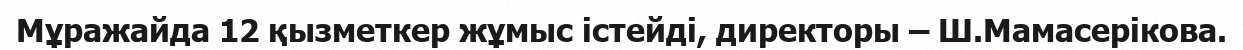
Мұражайда 12 қызметкер жұмыс істейді, директоры – Ш.Мамасерікова.